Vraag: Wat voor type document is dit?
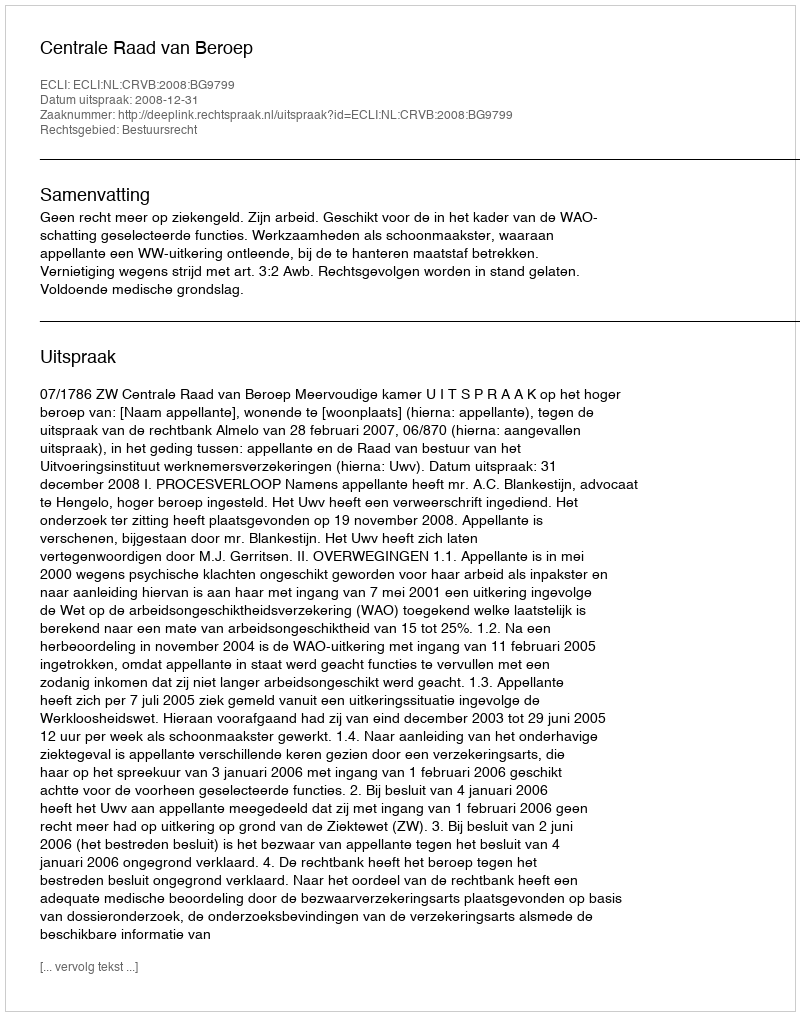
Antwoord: Uitspraak